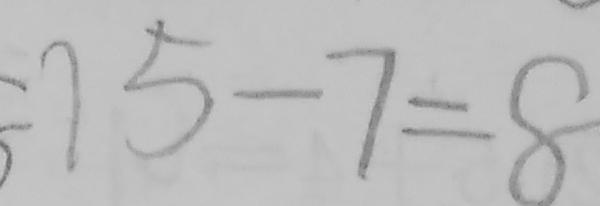
= 1 5 - 7 = 8